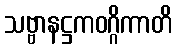
သဗ္ဗာနဋ္ဌကဝဂ္ဂိကာတိ